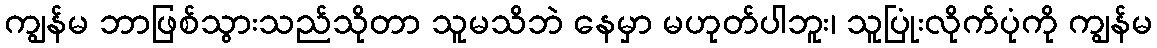
ကျွန်မ ဘာဖြစ်သွားသည်သိုတာ သူမသိဘဲ နေမှာ မဟုတ်ပါဘူး၊ သူပြုံးလိုက်ပုံကို ကျွန်မ